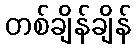
တစ်ချိန်ချိန်